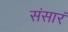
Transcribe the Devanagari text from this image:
संसारं